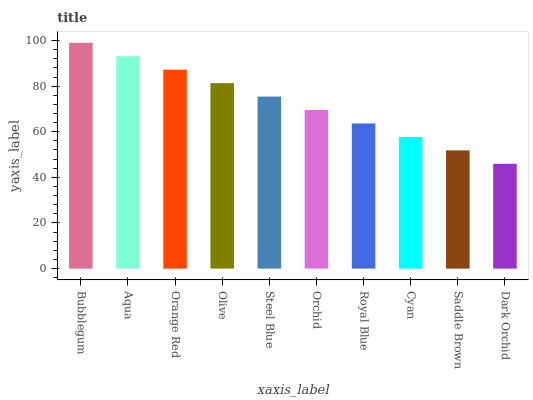
| xaxis_label | bars |
 | --- | --- |
 | Bubblegum | 99 |
 | Aqua | 93.1 |
 | Orange Red | 87.2 |
 | Olive | 81.3 |
 | Steel Blue | 75.4 |
 | Orchid | 69.5 |
 | Royal Blue | 63.6 |
 | Cyan | 57.7 |
 | Saddle Brown | 51.8 |
 | Dark Orchid | 45.9 |